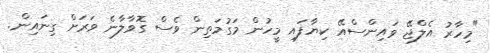
"މިހާރު އެލްޖޭ ވައިންސްއޭ ކިޔާފައި މީހުން މަގުމަތިން ވެސް ގޮވާލާނެ ވަރަށް ގިނައިން.